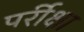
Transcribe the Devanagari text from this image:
पर्रीक्षा